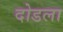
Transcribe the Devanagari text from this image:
दोडला